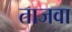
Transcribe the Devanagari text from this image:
ताजवा